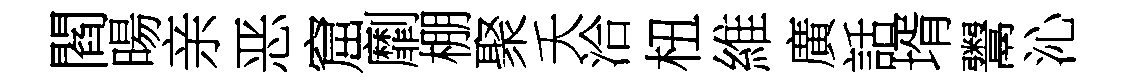
閻暘亲恶窟劘棚聚夭洽杻維廣話壻鬻沁